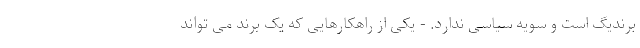
برندیگ است و سویه سیاسی ندارد. - یکی از راهکارهایی که یک برند می تواند